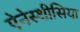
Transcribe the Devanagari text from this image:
ऐनेस्थीसिया